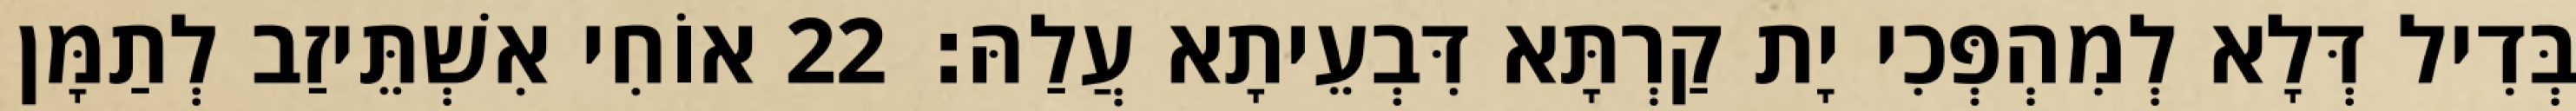
בְּדִיל דְּלָא לְמִהְפְּכִי יָת קַרְתָּא דִּבְעֵיתָא עֲלַהּ׃ 22 אוֹחִי אִשְׁתֵּיזַב לְתַמָּן